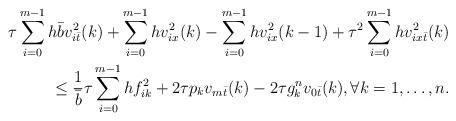
LaTeX: \begin{align*}\tau\sum\limits_{i=0}^{m-1}h\bar bv_{i\bar t}^2(k) +\sum\limits_{i=0}^{m-1}hv_{ix}^2(k)-\sum\limits_{i=0}^{m-1}hv_{ix}^2(k-1)+ \tau^2\sum\limits_{i=0}^{m-1}hv_{ix\bar t}^2(k) \\ \leq \frac1{\bar b}\tau\sum\limits_{i=0}^{m-1}hf_{ik}^2 +2\tau p_kv_{m\bar t}(k)-2\tau g_k^nv_{0\bar t}(k),\forall k =1,\ldots,n .\end{align*}